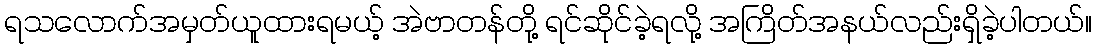
ရသလောက်အမှတ်ယူထားရမယ့် အဲဗာတန်တို့ ရင်ဆိုင်ခဲ့ရလို့ အကြိတ်အနယ်လည်းရှိခဲ့ပါတယ်။